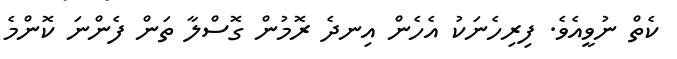
ކެތް ނުވީއެވެ. ފިރިހެނަކު އެހެން އިނދެ ރޮމުން ގޮސްލާ ތަން ފެންނަ ކޮންމެ